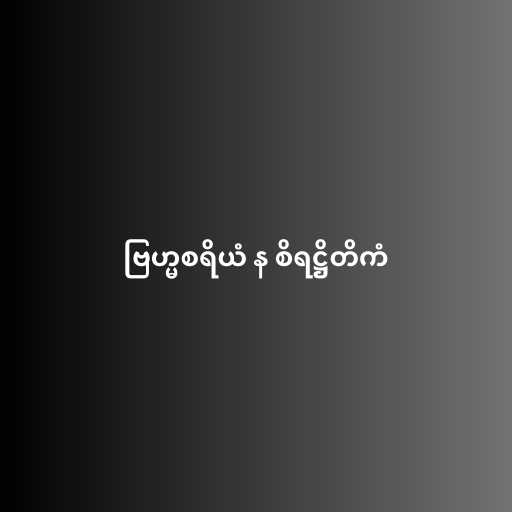
ဗြဟ္မစရိယံ န စိရဋ္ဌိတိကံ